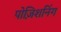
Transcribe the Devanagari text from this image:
पोज़िशनिंग